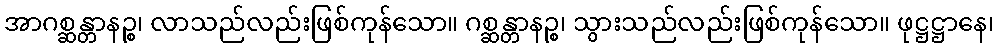
အာဂစ္ဆန္တာနဉ္စ၊ လာသည်လည်းဖြစ်ကုန်သော။ ဂစ္ဆန္တာနဉ္စ၊ သွားသည်လည်းဖြစ်ကုန်သော။ ဖုဋ္ဌဋ္ဌာနေ၊